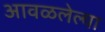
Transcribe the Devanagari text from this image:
आवळलेल्या